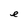
Character: e